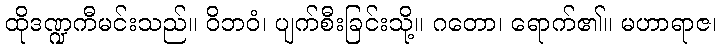
ထိုဒဏ္ဍကီမင်းသည်။ ဝိဘဝံ၊ ပျက်စီးခြင်းသို့။ ဂတော၊ ရောက်၏။ မဟာရာဇ၊